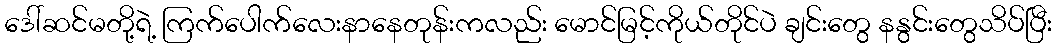
ဒေါ်ဆင်မတို့ရဲ့ ကြက်ပေါက်လေးနာနေတုန်းကလည်း မောင်မြင့်ကိုယ်တိုင်ပဲ ချင်းတွေ နနွင်းတွေသိပ်ပြီး